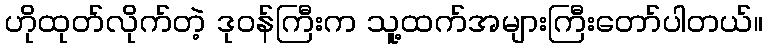
ဟိုထုတ်လိုက်တဲ့ ဒုဝန်ကြီးက သူ့ထက်အများကြီးတော်ပါတယ်။